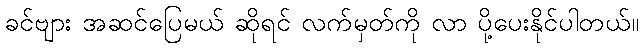
ခင်ဗျား အဆင်ပြေမယ် ဆိုရင် လက်မှတ်ကို လာ ပို့ပေးနိုင်ပါတယ်။